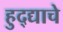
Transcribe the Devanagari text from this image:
हुद्द्याचे